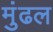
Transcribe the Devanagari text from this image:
मुंढल